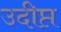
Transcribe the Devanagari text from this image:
उदीप्त